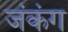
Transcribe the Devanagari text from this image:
जंकंग